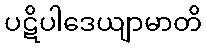
ပဋိပါဒေယျာမာတိ